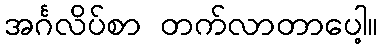
အင်္ဂလိပ်စာ တက်လာတာပေါ့။